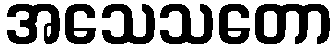
အသေသတော